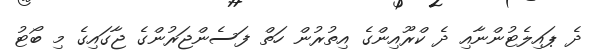
ދެ ޕައިލެޓުންނާއި ދެ ކްރޫއިންގެ އިތުރުން ހަތް ފަސެންޖަރުންގެ ޖާގައިގެ މި ބޯޓު